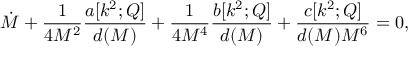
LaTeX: \dot { M } + \frac { 1 } { 4 M ^ { 2 } } \frac { a [ k ^ { 2 } ; Q ] } { d ( M ) } + \frac { 1 } { 4 M ^ { 4 } } \frac { b [ k ^ { 2 } ; Q ] } { d ( M ) } + \frac { c [ k ^ { 2 } ; Q ] } { d ( M ) M ^ { 6 } } = 0 ,